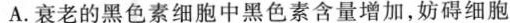
A.衰老的黑色素细胞中黑色素含量增加，妨碍细胞